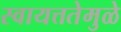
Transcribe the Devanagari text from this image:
स्वायत्ततेमुळे